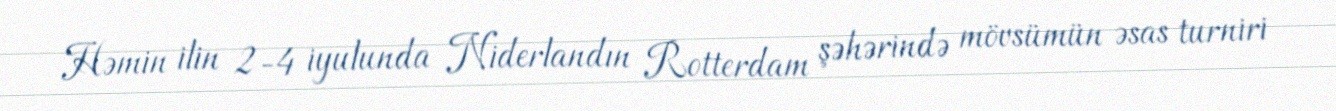
Həmin ilin 2-4 iyulunda Niderlandın Rotterdam şəhərində mövsümün əsas turniri